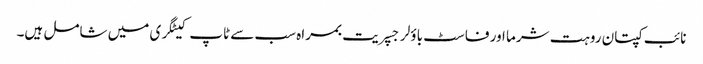
نائب کپتان روہت شرما اور فاسٹ باؤلر جسپریت بمراہ سب سے ٹاپ کیٹگری میں شامل ہیں۔